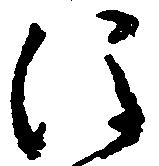
注